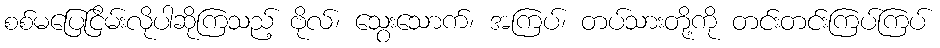
စစ်မပြေငြိမ်းလိုပါဆိုကြသည့် ဗိုလ်၊ သွေးသောက်၊ အကြပ်၊ တပ်သားတို့ကို တင်းတင်းကြပ်ကြပ်